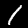
Digit: 1